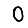
Digit: 0